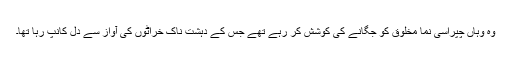
وہ وہاں چپراسی نما مخلوق کو جگانے کی کوشش کر رہے تھے جس کے دہشت ناک خراٹوں کی آواز سے دل کانپ رہا تھا۔